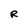
Character: R